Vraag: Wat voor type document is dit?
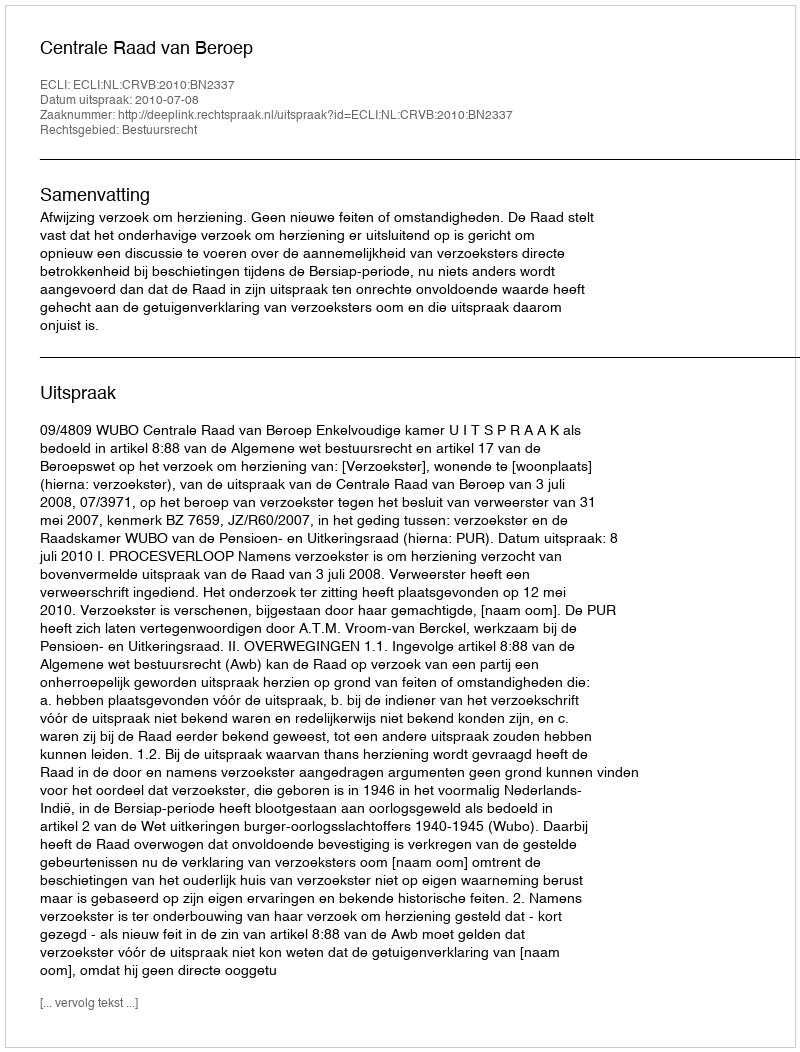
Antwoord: Uitspraak